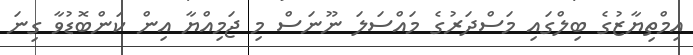
އިމްތިޔާޒުގެ ބިލްގައި މަސްދަރުގެ މައްސަލަ ނޫނަސް މި ޖަމިއްޔާ އިން ކަންބޮޑުވާ ގިނަ